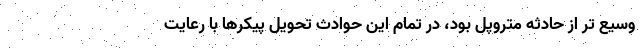
وسیع تر از حادثه متروپل بود، در تمام این حوادث تحویل پیکرها با رعایت